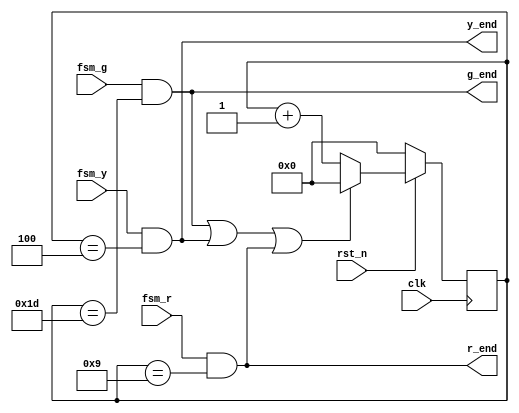
module time_counter (/*AUTOARG*/
   // Outputs
   g_end, y_end, r_end,
   // Inputs
   clk, rst_n, fsm_g, fsm_r, fsm_y
   );
parameter GREEN_TIME  = 29;
parameter YELLOW_TIME = 4;
parameter RED_TIME    = 9;
//
//interface
//
input clk;
input rst_n;
input fsm_g;
input fsm_r;
input fsm_y;
output wire g_end;
output wire y_end;
output wire r_end;
//
//Internal signals
//
reg [7:0] clk_counter;
wire clr_counter;
//
//
//
always @ (posedge clk) begin
  if (~rst_n) clk_counter[7:0] <= 8'd0;
  else if (clr_counter) clk_counter[7:0] <= 8'd0;
  else clk_counter[7:0] <= clk_counter[7:0] + 1'b1;
end
// luon dem va trong thoi gian dem neu dieu kien duoi xay ra
//Compare the end time
assign g_end = fsm_g & (clk_counter[7:0] == GREEN_TIME);
// dang den xanh va dem het => gend =1
assign y_end = fsm_y & (clk_counter[7:0] == YELLOW_TIME);
assign r_end = fsm_r & (clk_counter[7:0] == RED_TIME);
//
assign clr_counter = g_end | y_end | r_end;

endmodule